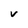
Character: V